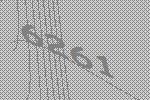
6261